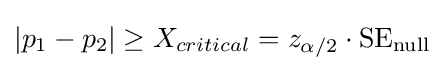
|p_{1}-p_{2}|\geq X_{critical}=z_{\alpha /2}\cdot {\text{SE}}_{\text{null}}